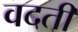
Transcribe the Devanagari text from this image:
वदती